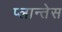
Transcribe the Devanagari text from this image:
प्लान्तेस